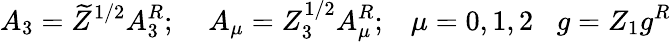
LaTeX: A_{3}=\widetilde{Z}^{1/2}A_{3}^{R};\; \; \; \; A_{\mu}=Z_{3}^{1/2}A_{\mu}^{R};\; \; \; \mu=0,1,2\; \; \; g=Z_{1}g^{R}